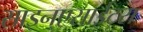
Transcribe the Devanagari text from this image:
साइन्एसाईटस